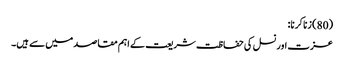
(80) زنا کرنا:
عزت اور نسل کی حفاظت شریعت کے اہم مقاصد میں سے ہیں۔